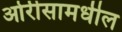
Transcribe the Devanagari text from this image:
ओरीसामधील